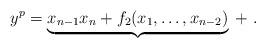
LaTeX: \begin{align*} y^p = \underbrace{x_{n - 1} x_n + f_2(x_1, \dots, x_{n - 2})}_{} \; + \; .\end{align*}